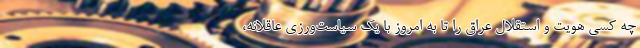
چه کسی هویت و استقلال عراق را تا به امروز با یک سیاست‌ورزی عاقلانه،‌